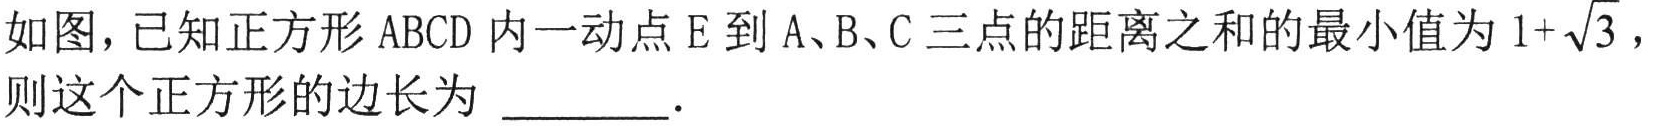
如图，已知正方形 \(ABCD\) 内一动点 \(E\) 到 \(A、B、C\) 三点的距离之和的最小值为 \(1 + \sqrt{3}\)，则这个正方形的边长为 \_\_\_\_\_ ．